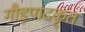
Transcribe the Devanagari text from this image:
गौड़पादकृत